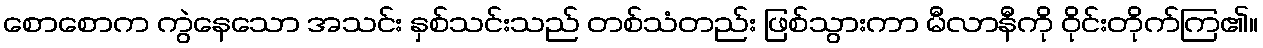
စောစောက ကွဲနေသော အသင်း နှစ်သင်းသည် တစ်သံတည်း ဖြစ်သွားကာ မီလာနီကို ဝိုင်းတိုက်ကြ၏။